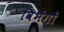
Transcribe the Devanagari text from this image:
विभंगों